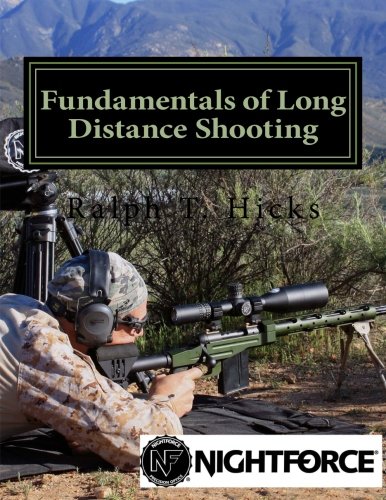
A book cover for Fundamentals of Long Distance Shooting: Beginners to advanced shooters; Ralph Troy Hicks; Sports & Outdoors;